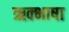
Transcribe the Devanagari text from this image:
ऋक्भाषा